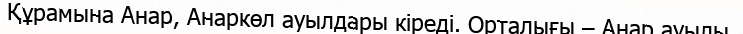
Құрамына Анар, Анаркөл ауылдары кіреді. Орталығы – Анар ауылы.